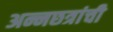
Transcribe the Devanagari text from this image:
अन्नछत्रांची